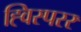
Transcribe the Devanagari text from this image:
ह्विस्परर